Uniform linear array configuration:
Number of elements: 64
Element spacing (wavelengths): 0.75
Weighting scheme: blackman
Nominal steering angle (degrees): -45
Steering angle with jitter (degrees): -46.754
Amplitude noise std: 0.05
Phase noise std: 0.05

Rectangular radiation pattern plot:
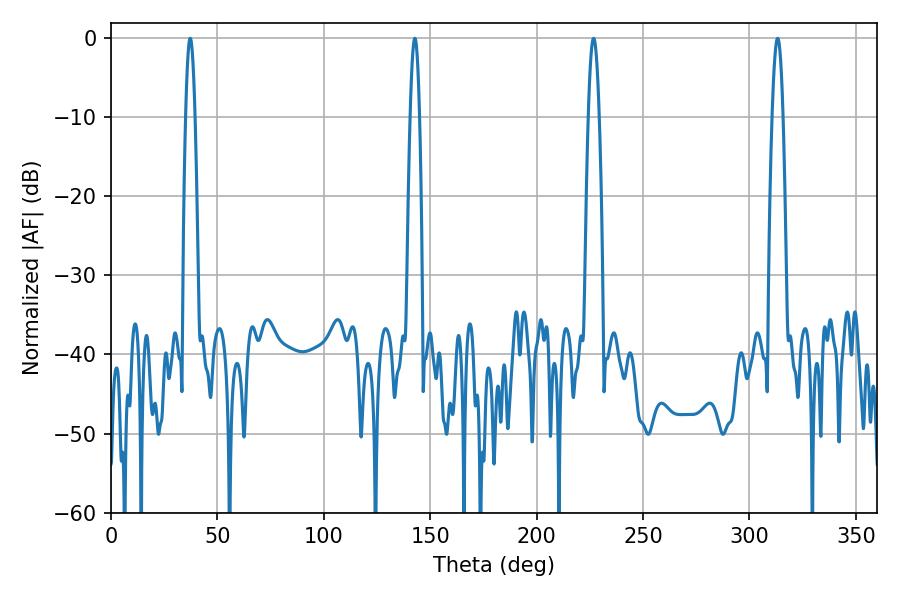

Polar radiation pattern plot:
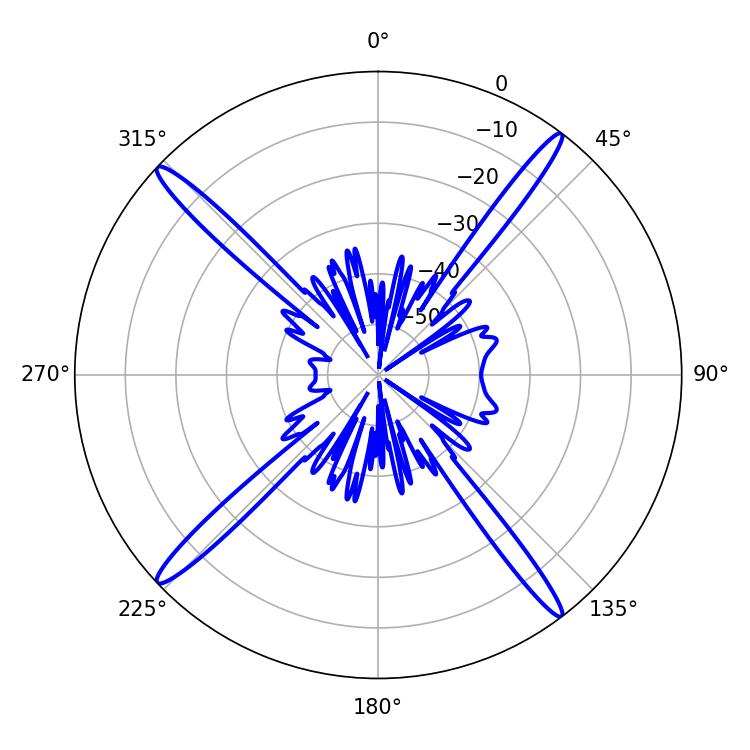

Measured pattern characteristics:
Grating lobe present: TRUE
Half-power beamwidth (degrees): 2.88
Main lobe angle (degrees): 226.8